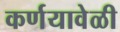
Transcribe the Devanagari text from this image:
कर्णयावेळी